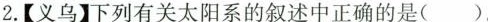
2.【义乌】下列有关太阳系的叙述中正确的是( )。